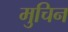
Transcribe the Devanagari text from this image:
मुचिन